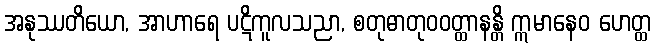
အနုဿတိယော, အာဟာရေ ပဋိကူလသညာ, စတုဓာတုဝဝတ္ထာနန္တိ ဣမာနေဝ ဟေတ္ထ